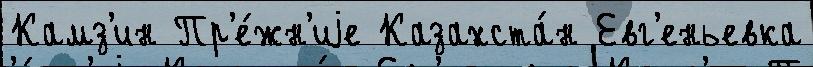
Камз'ин Пр'е́жн'иjе Казахста́н Евг'еньевка